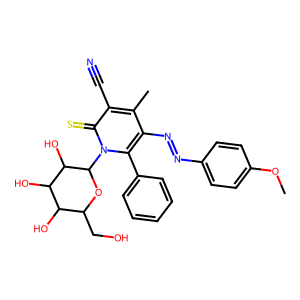
SMILES: COc1ccc(N=Nc2c(C)c(C#N)c(=S)n(C3OC(CO)C(O)C(O)C3O)c2-c2ccccc2)cc1
Inhibits HIV replication: No